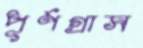
পূর্ণগ্রাস